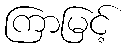
ကြာမြင့်